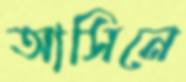
আসিনে